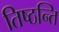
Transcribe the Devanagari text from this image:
तिष्ठन्ति